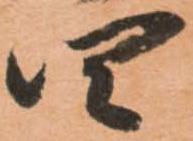
四